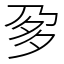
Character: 㚉